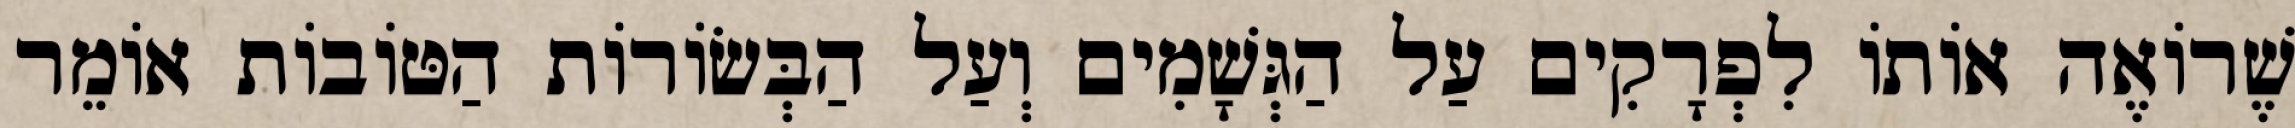
שֶׁרוֹאֶה אוֹתוֹ לִפְרָקִים עַל הַגְּשָׁמִים וְעַל הַבְּשׂוֹרוֹת הַטּוֹבוֹת אוֹמֵר